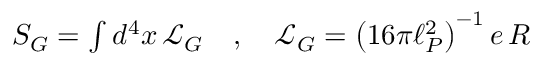
\begin{array} { r } { S _ { G } = \int d ^ { 4 } x \, \mathcal { L } _ { G } \quad , \quad \mathcal { L } _ { G } = \left( 1 6 \pi \ell _ { P } ^ { 2 } \right) ^ { - 1 } e \, R } \end{array}